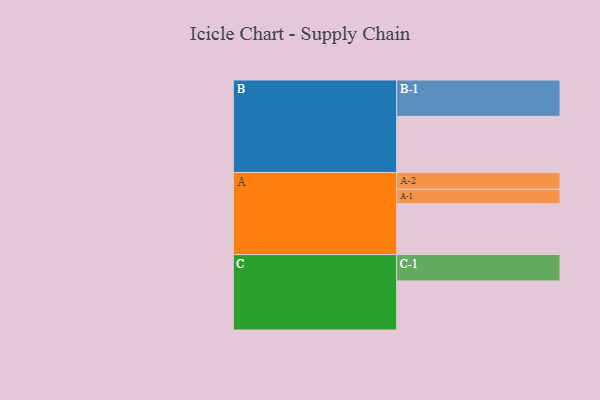
{"axis": {"x": "Segment", "y": "Value"}, "legend": ["", "A", "B", "C"], "data": [{"x": "A", "y": 343, "type": ""}, {"x": "B", "y": 379, "type": ""}, {"x": "C", "y": 331, "type": ""}, {"x": "A-1", "y": 98, "type": "A"}, {"x": "A-2", "y": 113, "type": "A"}, {"x": "B-1", "y": 245, "type": "B"}, {"x": "C-1", "y": 178, "type": "C"}]}